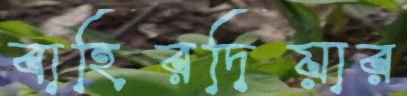
বাহিরদিয়ার